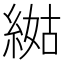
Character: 𦁿